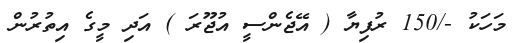
މަހަކު -/150 ރުފިޔާ ( އޭޖެންސީ އުޖޫރަ ) އަދި މީގެ އިތުރުން